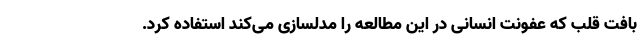
بافت قلب که عفونت انسانی در این مطالعه را مدلسازی می‌کند استفاده کرد.